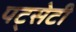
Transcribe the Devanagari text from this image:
पट्सेटी